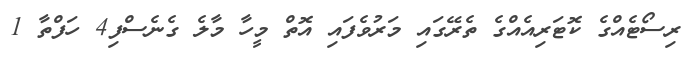
ރިސޯޓެއްގެ ކޮޓަރިއެއްގެ ތެރޭގައި މަރުވެފައި އޮތް މީހާ މާލެ ގެނެސްފި4 ހަފްތާ 1